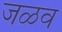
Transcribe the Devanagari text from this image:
जळव